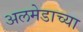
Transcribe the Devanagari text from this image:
अलमेडाच्या